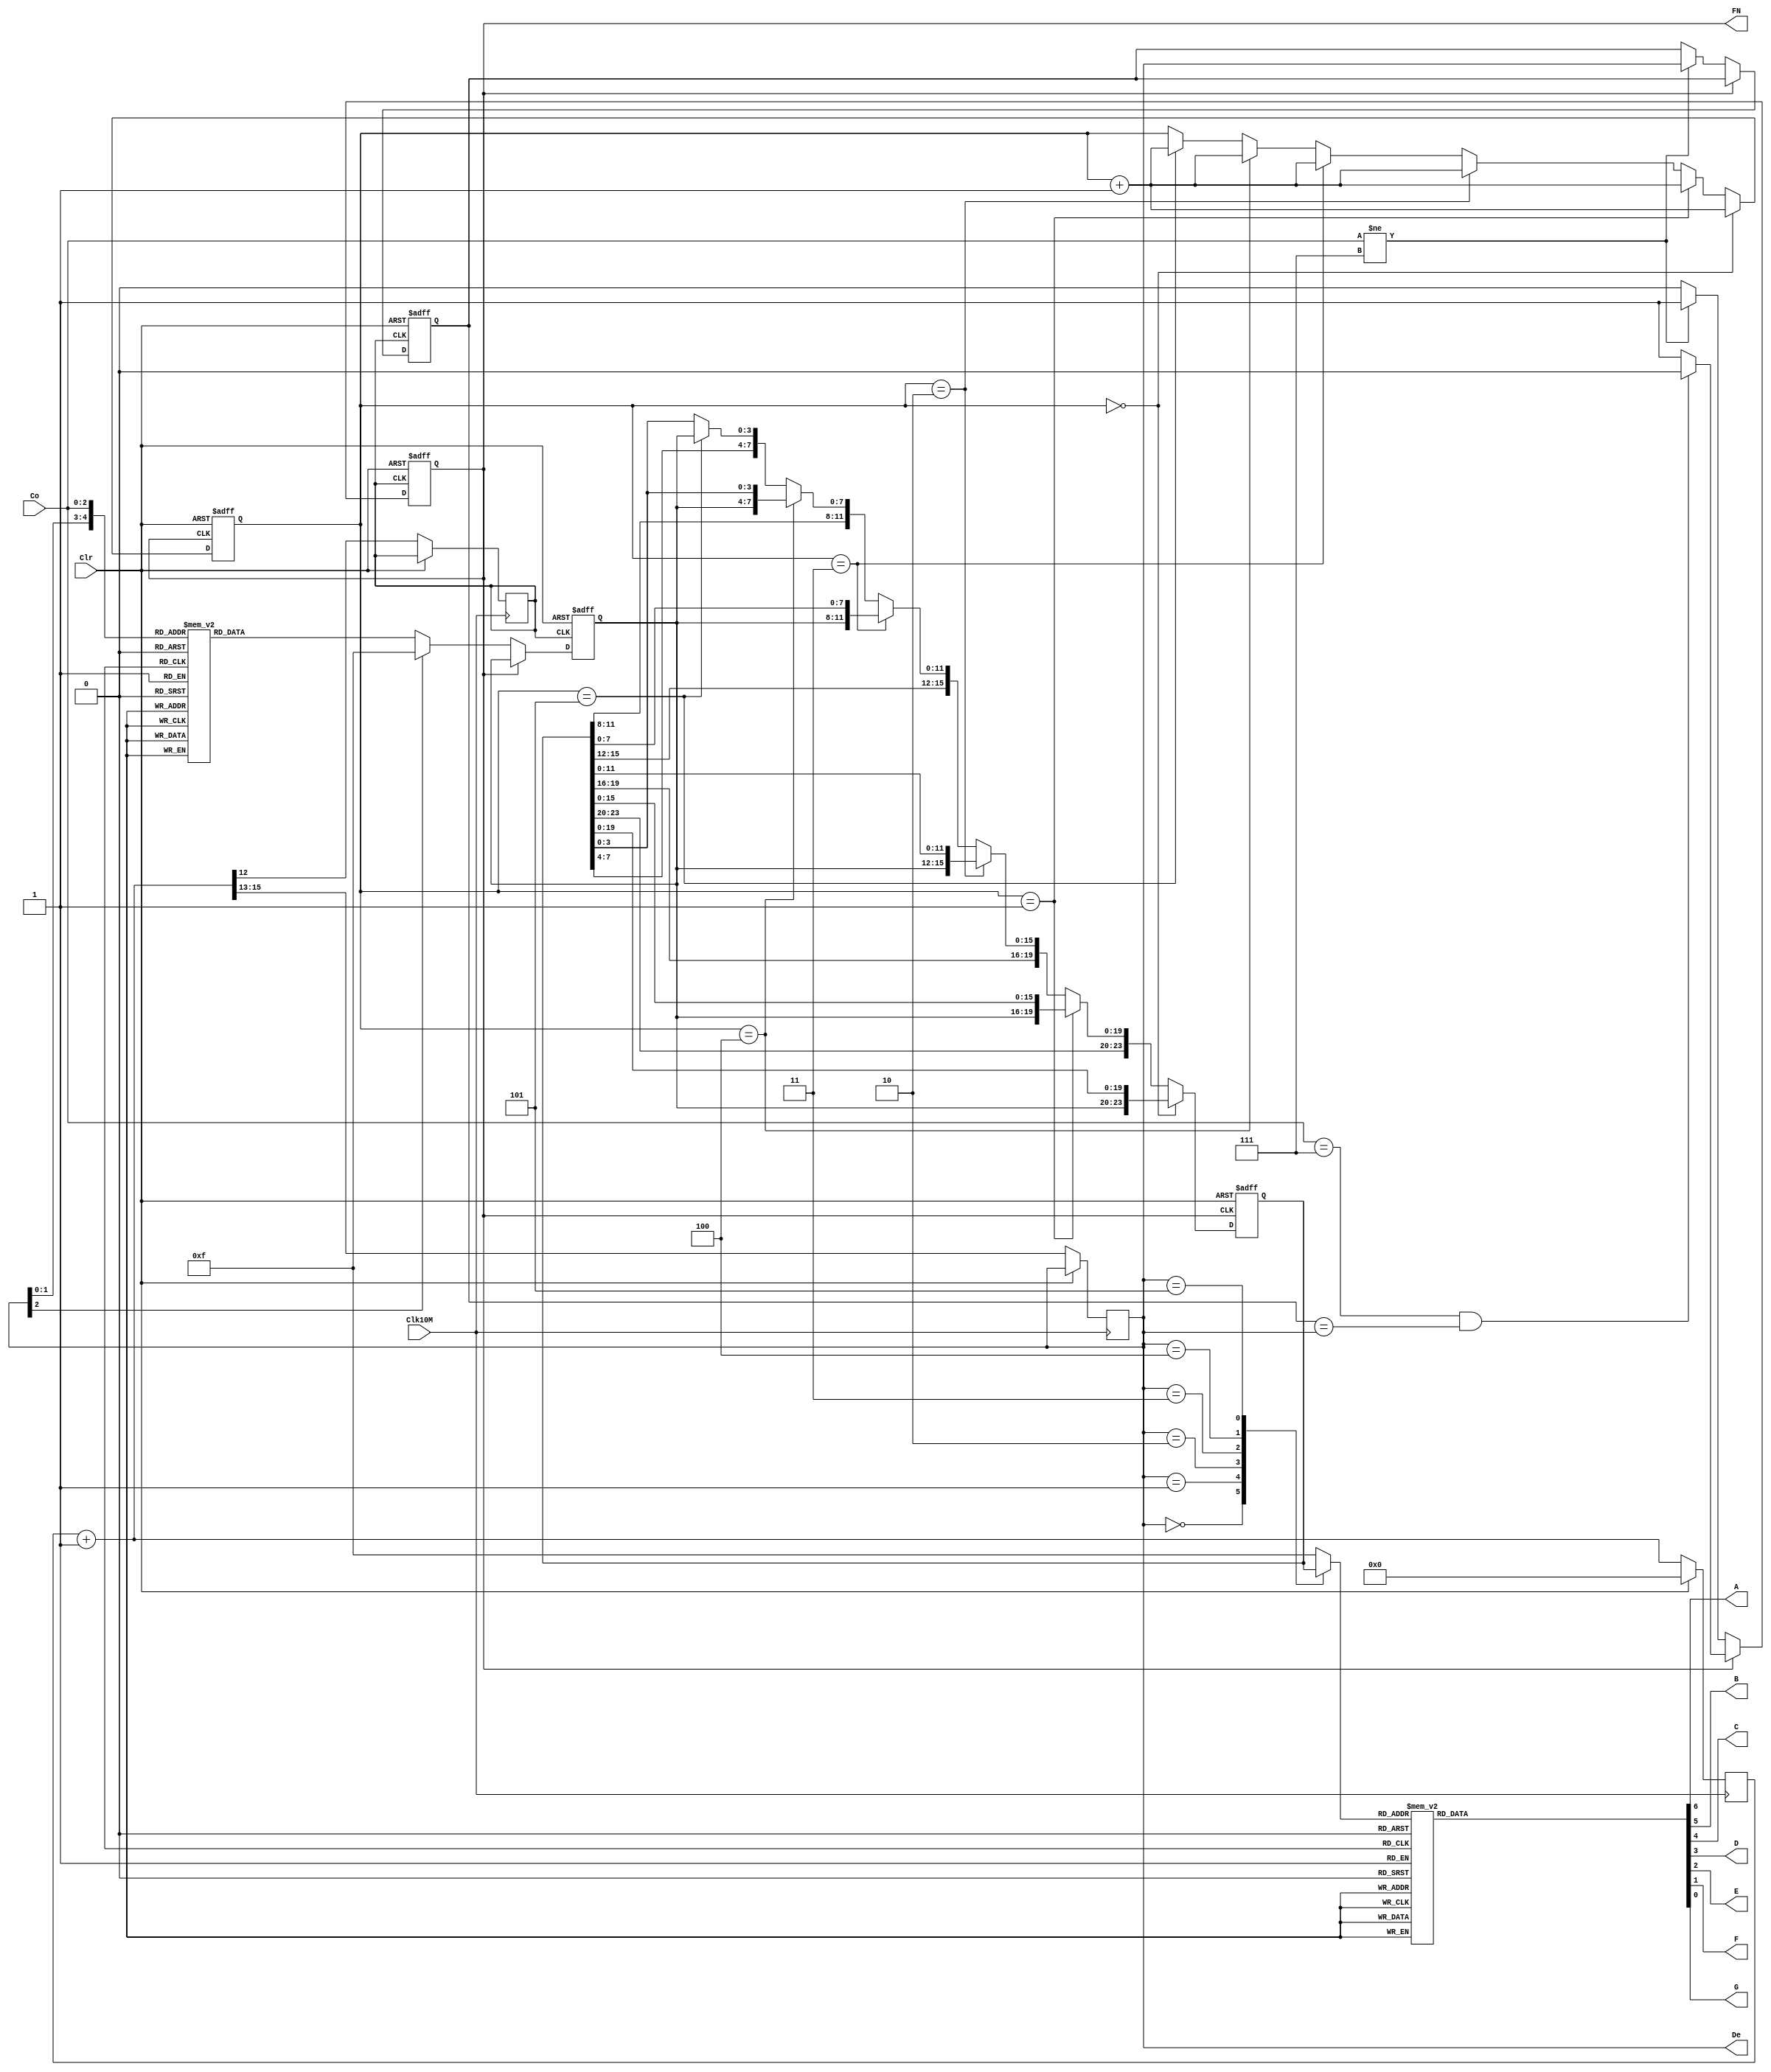
// Ch10 kb2.v
// LyJ, CqX

module kb2 (Clk10M,Clr,Co,De,A,B,C,D,E,F,G,FN);
input  Clk10M,Clr;		// @J
input  [1:3]  Co;		// TJ
output [3:1]  De;		// TX
output A,B,C,D,E,F,G,FN;	// @X
reg    [3:1]  De;		// is
reg    [6:0]  L;
reg    [15:0] Cnt;
reg    [3:0]  N,DB;
reg    [23:0] Acc;
reg    [2:0]  NC,DD;
reg    FN,Scan_clk;

// XAyHPH
always@ (posedge Clk10M)
  begin
    if (Clr)
      Cnt = 0;
    else
      begin
        Cnt = Cnt + 1;
        De       = Cnt[15:13]; // qo
        Scan_clk = Cnt[12];
//        De       = Cnt[4:2];	 // qo
//        Scan_clk = Cnt[1];
	  end
  end

// H Scan_clk L
always@ (posedge Scan_clk or posedge Clr)
  begin
    if (Clr == 1)
      begin
        FN = 0;
        N  = 4'b1111;
        DD = 0;
      end
    else
      if (FN == 0)			// u_
        begin
          case ({De,Co})
            6'b000011  : N = 4'b0001;  	// 1
            6'b000101  : N = 4'b0010;  	// 2
            6'b000110  : N = 4'b0011;  	// 3
            6'b001011  : N = 4'b0100;  	// 4
            6'b001101  : N = 4'b0101;  	// 5
            6'b001110  : N = 4'b0110;  	// 6
            6'b010011  : N = 4'b0111;  	// 7
            6'b010101  : N = 4'b1000;  	// 8
            6'b010110  : N = 4'b1001;  	// 9
            6'b011101  : N = 4'b0000;  	// 0
            default    : N = 4'b1111;
          endcase
          if (Co != 3'b111)		// U
            begin
              FN = 1;			// ]w FN	
              DD = De;			// xs De
            end
        end 
      else				// U
        if (Co == 3'b111 && DD == De)	// u_
          FN = 0;			//  FN
  end

// FN Uto, p NC , xs Acc w
always@ (negedge FN or posedge Clr)
  if (Clr)
    begin
      Acc = 24'hffffff;
      NC  = 0;
    end
  else
    if      (NC == 0)			// O
      begin
        Acc = {N,Acc[19:0]};
        NC = NC + 1;
      end
    else if (NC == 1)			// OG
      begin
        Acc = {Acc[23:20],N,Acc[15:0]};
        NC = NC + 1;
      end    
    else if (NC == 2)
      begin
        Acc = {Acc[23:16],N,Acc[11:0]};
        NC = NC + 1;
      end   
    else if (NC == 3)
      begin
        Acc = {Acc[23:12],N,Acc[7:0]};
        NC = NC + 1;
      end   
    else if (NC == 4)
      begin
        Acc = {Acc[23:8],N,Acc[3:0]};
        NC = NC + 1;
      end
    else if (NC == 5)			// Ok
      begin
        Acc = {Acc[23:4],N};
        NC = NC + 1;
      end 

// hu,  De pN Acc  DB 
always@ (De)
  case (De)
    0       : DB = Acc[23:20];
    1       : DB = Acc[19:16];
    2       : DB = Acc[15:12];
    3       : DB = Acc[11: 8];
    4       : DB = Acc[ 7: 4];
    5       : DB = Acc[ 3: 0];
    default : DB = 4'b1111;
  endcase

// GiCqX
always@ (DB)
  case (DB)
    0       : L = 7'b1111110;
    1       : L = 7'b0110000;
    2       : L = 7'b1101101;
    3       : L = 7'b1111001;
    4       : L = 7'b0110011;
    5       : L = 7'b1011011;
    6       : L = 7'b1011111;
    7       : L = 7'b1110000;
    8       : L = 7'b1111111;
    9       : L = 7'b1111011;
    default : L = 7'b0000000;
  endcase
assign {A,B,C,D,E,F,G} = L;

endmodule